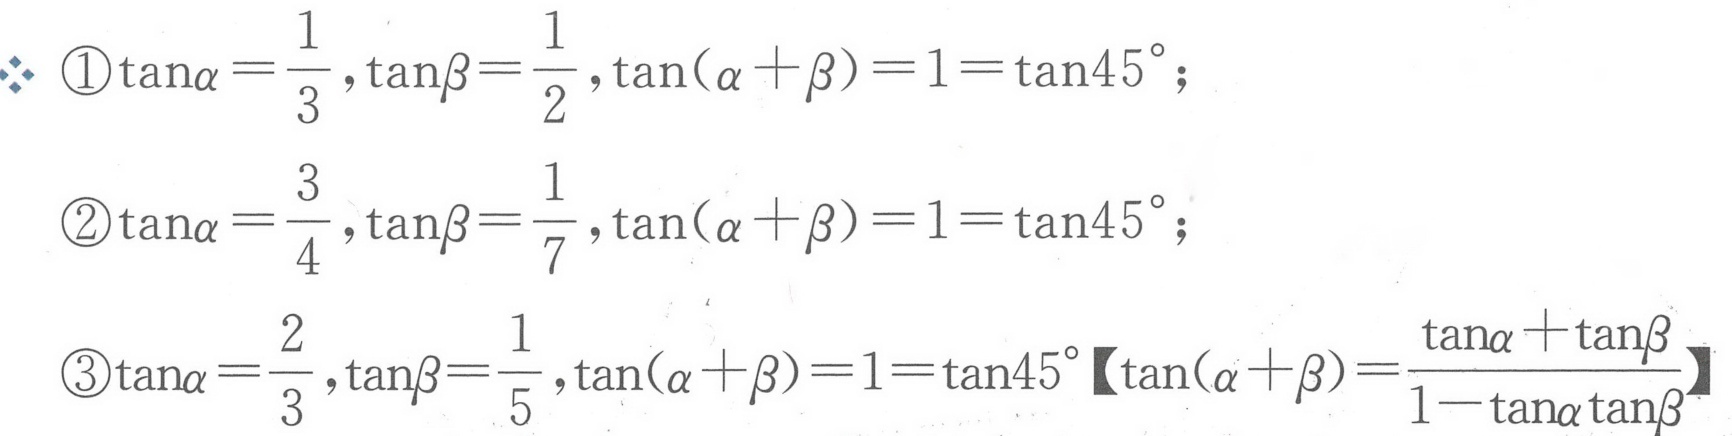
\(\because\) \textcircled{1}\(\tan\alpha=\dfrac{1}{3},\tan\beta=\dfrac{1}{2},\tan(\alpha + \beta)=1=\tan45^{\circ}\)；
\textcircled{2}\(\tan\alpha=\dfrac{3}{4},\tan\beta=\dfrac{1}{7},\tan(\alpha + \beta)=1=\tan45^{\circ}\)；
\textcircled{3}\(\tan\alpha=\dfrac{2}{3},\tan\beta=\dfrac{1}{5},\tan(\alpha + \beta)=1=\tan45^{\circ}\)【\(\tan(\alpha + \beta)=\dfrac{\tan\alpha+\tan\beta}{1 - \tan\alpha\tan\beta}\)】